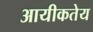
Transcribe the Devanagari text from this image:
आयीकतेय